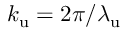
{ k _ { \mathrm { u } } } = 2 \pi / { \lambda _ { \mathrm { u } } }